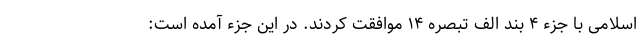
اسلامی با جزء ۴ بند الف تبصره ۱۴ موافقت کردند. در این جزء آمده است: